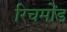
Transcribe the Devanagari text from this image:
रिचमोंड